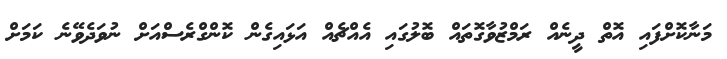
މަނާކޮށްފައި އޮތް ދީނެއް ރަމްޒުވާގޮތައް ބޮލުގައި އެއްޗެއް އަޅައިގެން ކޮންގްރެސްއަށް ނުވަދެވޭނެ ކަމަށް